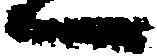
へ